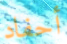
أحفاد